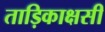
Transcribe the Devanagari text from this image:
ताड़िकाक्षसी